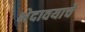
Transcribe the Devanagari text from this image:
भेदावयाचे